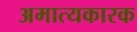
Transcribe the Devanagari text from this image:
अमात्यकारक